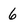
Character: 6